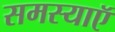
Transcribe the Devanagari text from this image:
समस्याऍ